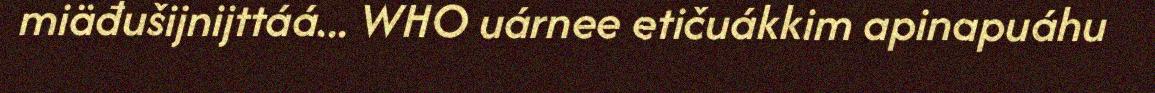
miäđušijnijttáá... WHO uárnee etičuákkim apinapuáhu